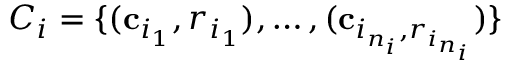
C _ { i } = \{ ( \mathbf { c } _ { i _ { 1 } } , r _ { i _ { 1 } } ) , \dots , ( \mathbf { c } _ { i _ { n _ { i } } , r _ { i _ { n _ { i } } } } ) \}